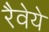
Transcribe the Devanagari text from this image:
रैवेये